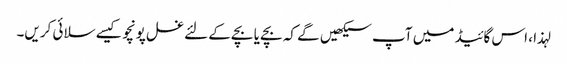
لہذا ، اس گائیڈ میں آپ سیکھیں گے کہ بچے یا بچے کے لئے غسل پونچو کیسے سلائی کریں۔